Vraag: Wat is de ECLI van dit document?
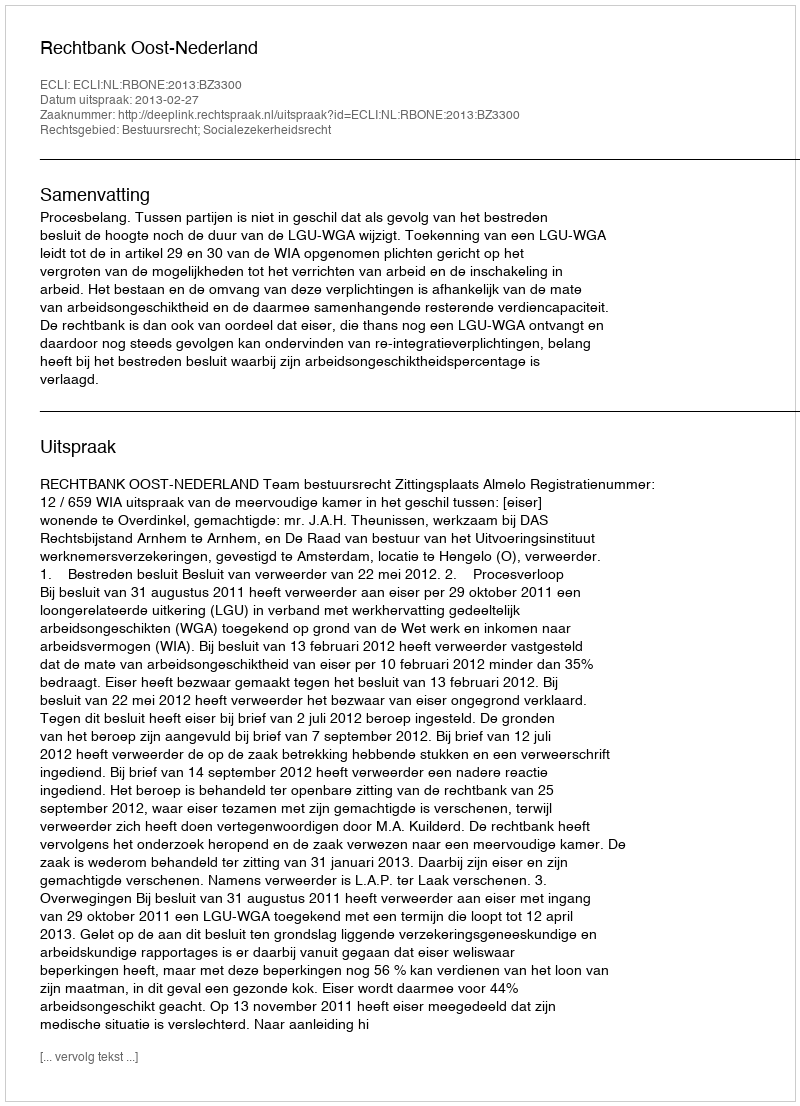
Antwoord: ECLI:NL:RBONE:2013:BZ3300